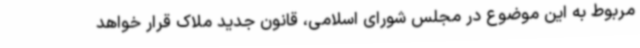
مربوط به این موضوع در مجلس شورای اسلامی، قانون جدید ملاک قرار خواهد